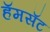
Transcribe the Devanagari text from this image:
हॅमसॅट